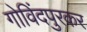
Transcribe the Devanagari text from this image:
गोविंदपुरकर